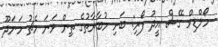
މޯލްޑިވް ގޭސް އީދު ފޯރި: ބަށި މުބާރާތުގެ ތިން ވަނަ މެޗު މަނަދޫ